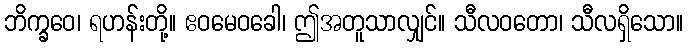
ဘိက္ခဝေ၊ ရဟန်းတို့။ ဧဝမေဝခေါ၊ ဤအတူသာလျှင်။ သီလဝတော၊ သီလရှိသော။